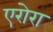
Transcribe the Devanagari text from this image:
एरोरा